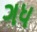
ગધ